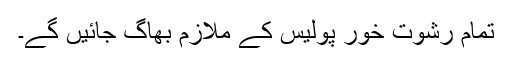
تمام رشوت خور پولیس کے ملازم بھاگ جائیں گے۔